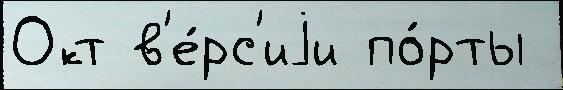
Окт в'е́рс'иjи по́рты